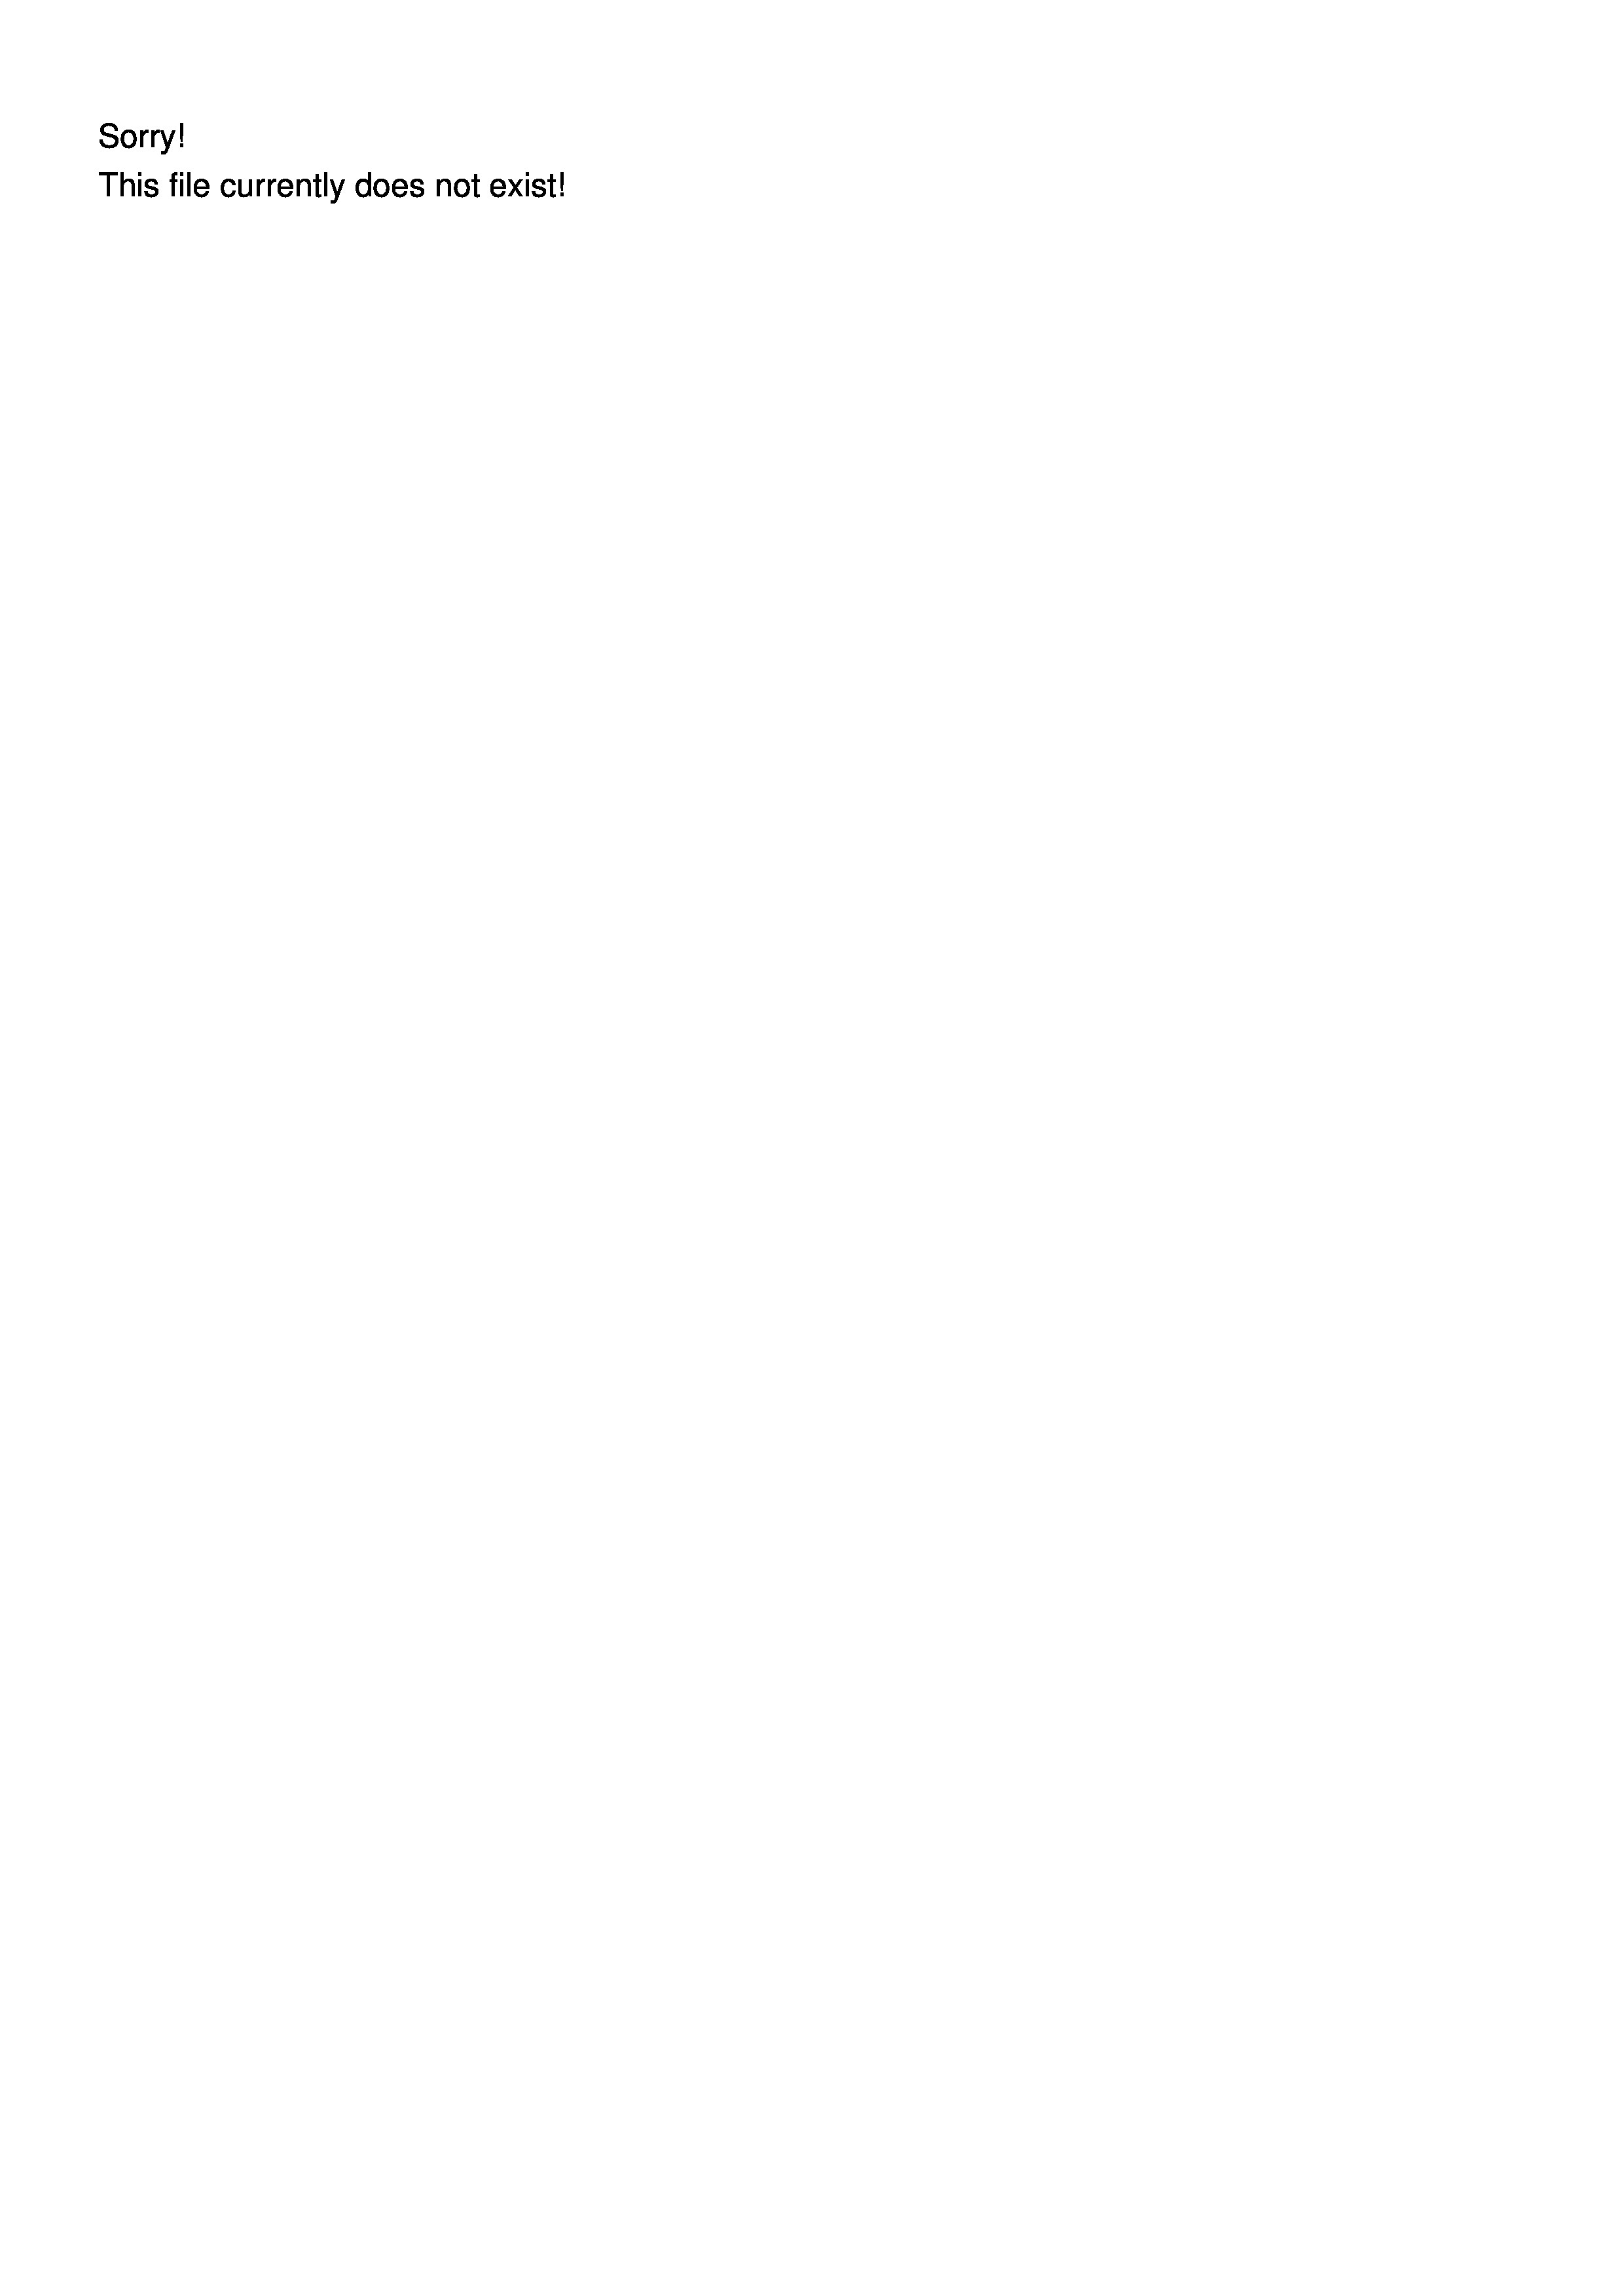
Sorry.
This file currentiy c

¬
oes not exist